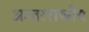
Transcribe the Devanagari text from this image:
अन्‍तरराष्ट्रीय